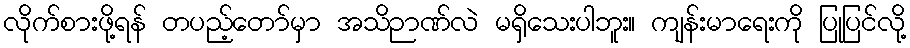
လိုက်စားဖို့ရန် တပည့်တော်မှာ အသိဉာဏ်လဲ မရှိသေးပါဘူး။ ကျန်းမာရေးကို ပြုပြင်လို့